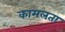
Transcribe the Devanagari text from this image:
कामलता